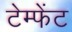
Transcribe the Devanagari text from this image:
टेम्फेंट